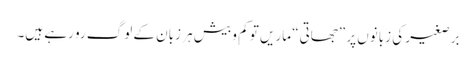
برصغیر کی زبانوں پر ”جھاتی“ ماریں تو کم و بیش ہر زبان کے لوگ رو رہے ہیں۔